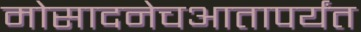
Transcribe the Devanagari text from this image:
मोसादनेचआतापर्यंत